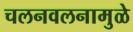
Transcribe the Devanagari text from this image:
चलनवलनामुळे